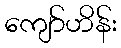
ကျော်ဟိန်း